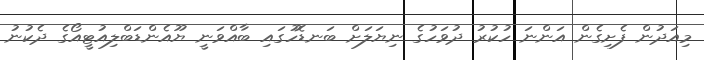
މިއަދުން ފެށިގެން އަންނަ ހުކުރު ދުވަހުގެ ނިޔަލަަށް ބަނޑޮހުގައި ބާއްވަނީ ޔޫއެންޑަބްލިއުޓީއޯގެ ދެކުނު